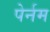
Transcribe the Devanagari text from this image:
पेर्नम